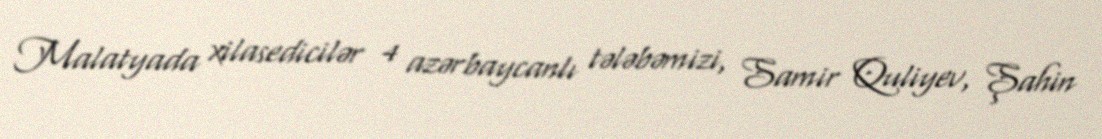
Malatyada xilasedicilər 4 azərbaycanlı tələbəmizi, Samir Quliyev, Şahin